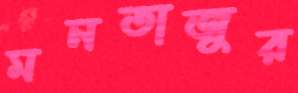
মনতাজুর